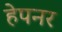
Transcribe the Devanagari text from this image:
हेपनर